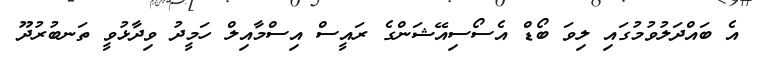
އެ ބައްދަލުވުމުގައި ލިވަ ބޯޑް އެސޯސިއޭޝަންގެ ރައީސް އިސްމާއިލް ހަމީދު ވިދާޅުވީ ތަނބުރުދޫ